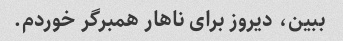
ببین، دیروز برای ناهار همبرگر خوردم.